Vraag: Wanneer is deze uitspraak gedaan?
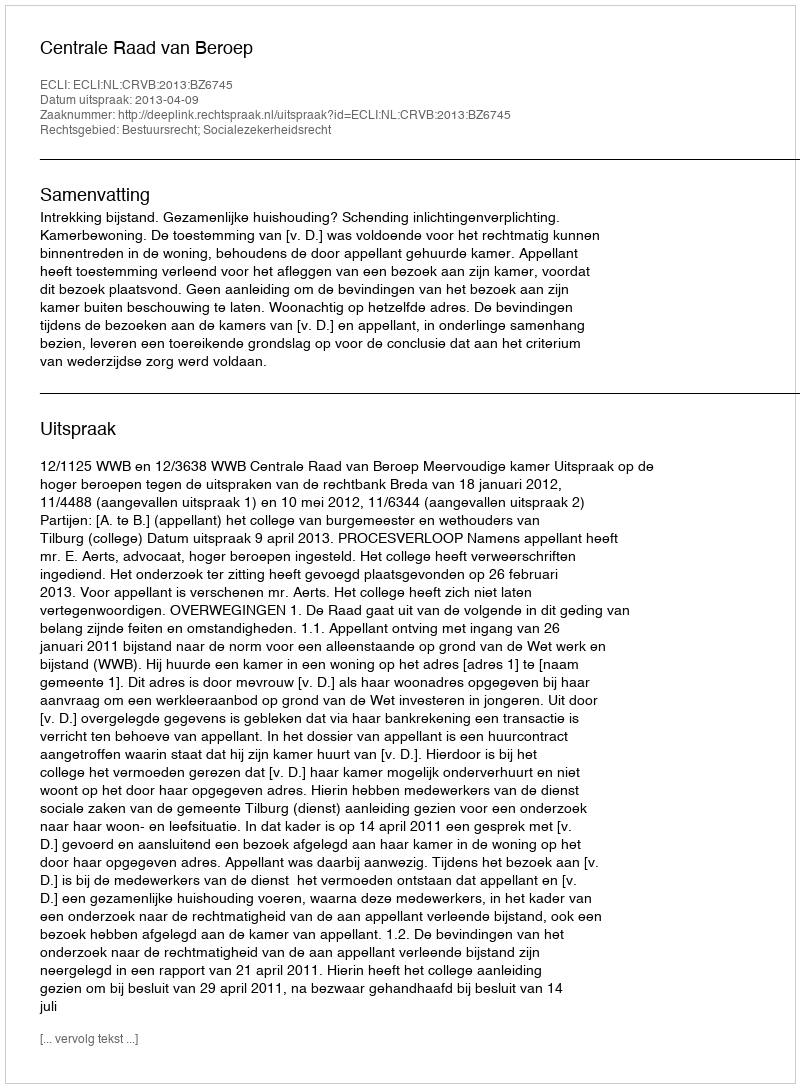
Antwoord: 2013-04-09